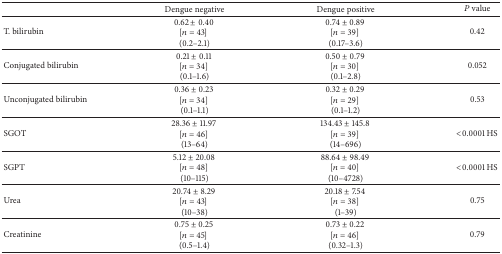
<table><thead><tr><td></td><td><b>Dengue negative</b></td><td><b>Dengue positive</b></td><td><b><i>P</i> value</b></td></tr></thead><tbody><tr><td>T. bilirubin</td><td>0.62 ± 0.40 [<i>n</i> = 43] (0.2–2.1)</td><td>0.74 ± 0.89 [<i>n</i> = 39] (0.17–3.6)</td><td>0.42</td></tr><tr><td>Conjugated bilirubin</td><td>0.21 ± 0.11 [<i>n</i> = 34] (0.1–1.6)</td><td>0.50 ± 0.79 [<i>n</i> = 30] (0.1–2.8)</td><td>0.052</td></tr><tr><td>Unconjugated bilirubin</td><td>0.36 ± 0.23 [<i>n</i> = 34] (0.1–1.1)</td><td>0.32 ± 0.29 [<i>n</i> = 29] (0.1–1.2)</td><td>0.53</td></tr><tr><td>SGOT </td><td>28.36 ± 11.97 [<i>n</i> = 46] (13–64)</td><td>134.43 ± 145.8 [<i>n</i> = 39] (14–696)</td><td>&lt;0.0001 HS</td></tr><tr><td>SGPT </td><td>5.12 ± 20.08 [<i>n</i> = 48] (10–115)</td><td>88.64 ± 98.49 [<i>n</i> = 40] (10–4728)</td><td>&lt;0.0001 HS</td></tr><tr><td>Urea</td><td>20.74 ± 8.29 [<i>n</i> = 43] (10–38)</td><td>20.18 ± 7.54 [<i>n</i> = 38] (1–39)</td><td>0.75</td></tr><tr><td>Creatinine</td><td>0.75 ± 0.25 [<i>n</i> = 45] (0.5–1.4)</td><td>0.73 ± 0.22 [<i>n</i> = 46] (0.32–1.3)</td><td>0.79</td></tr></tbody></table>